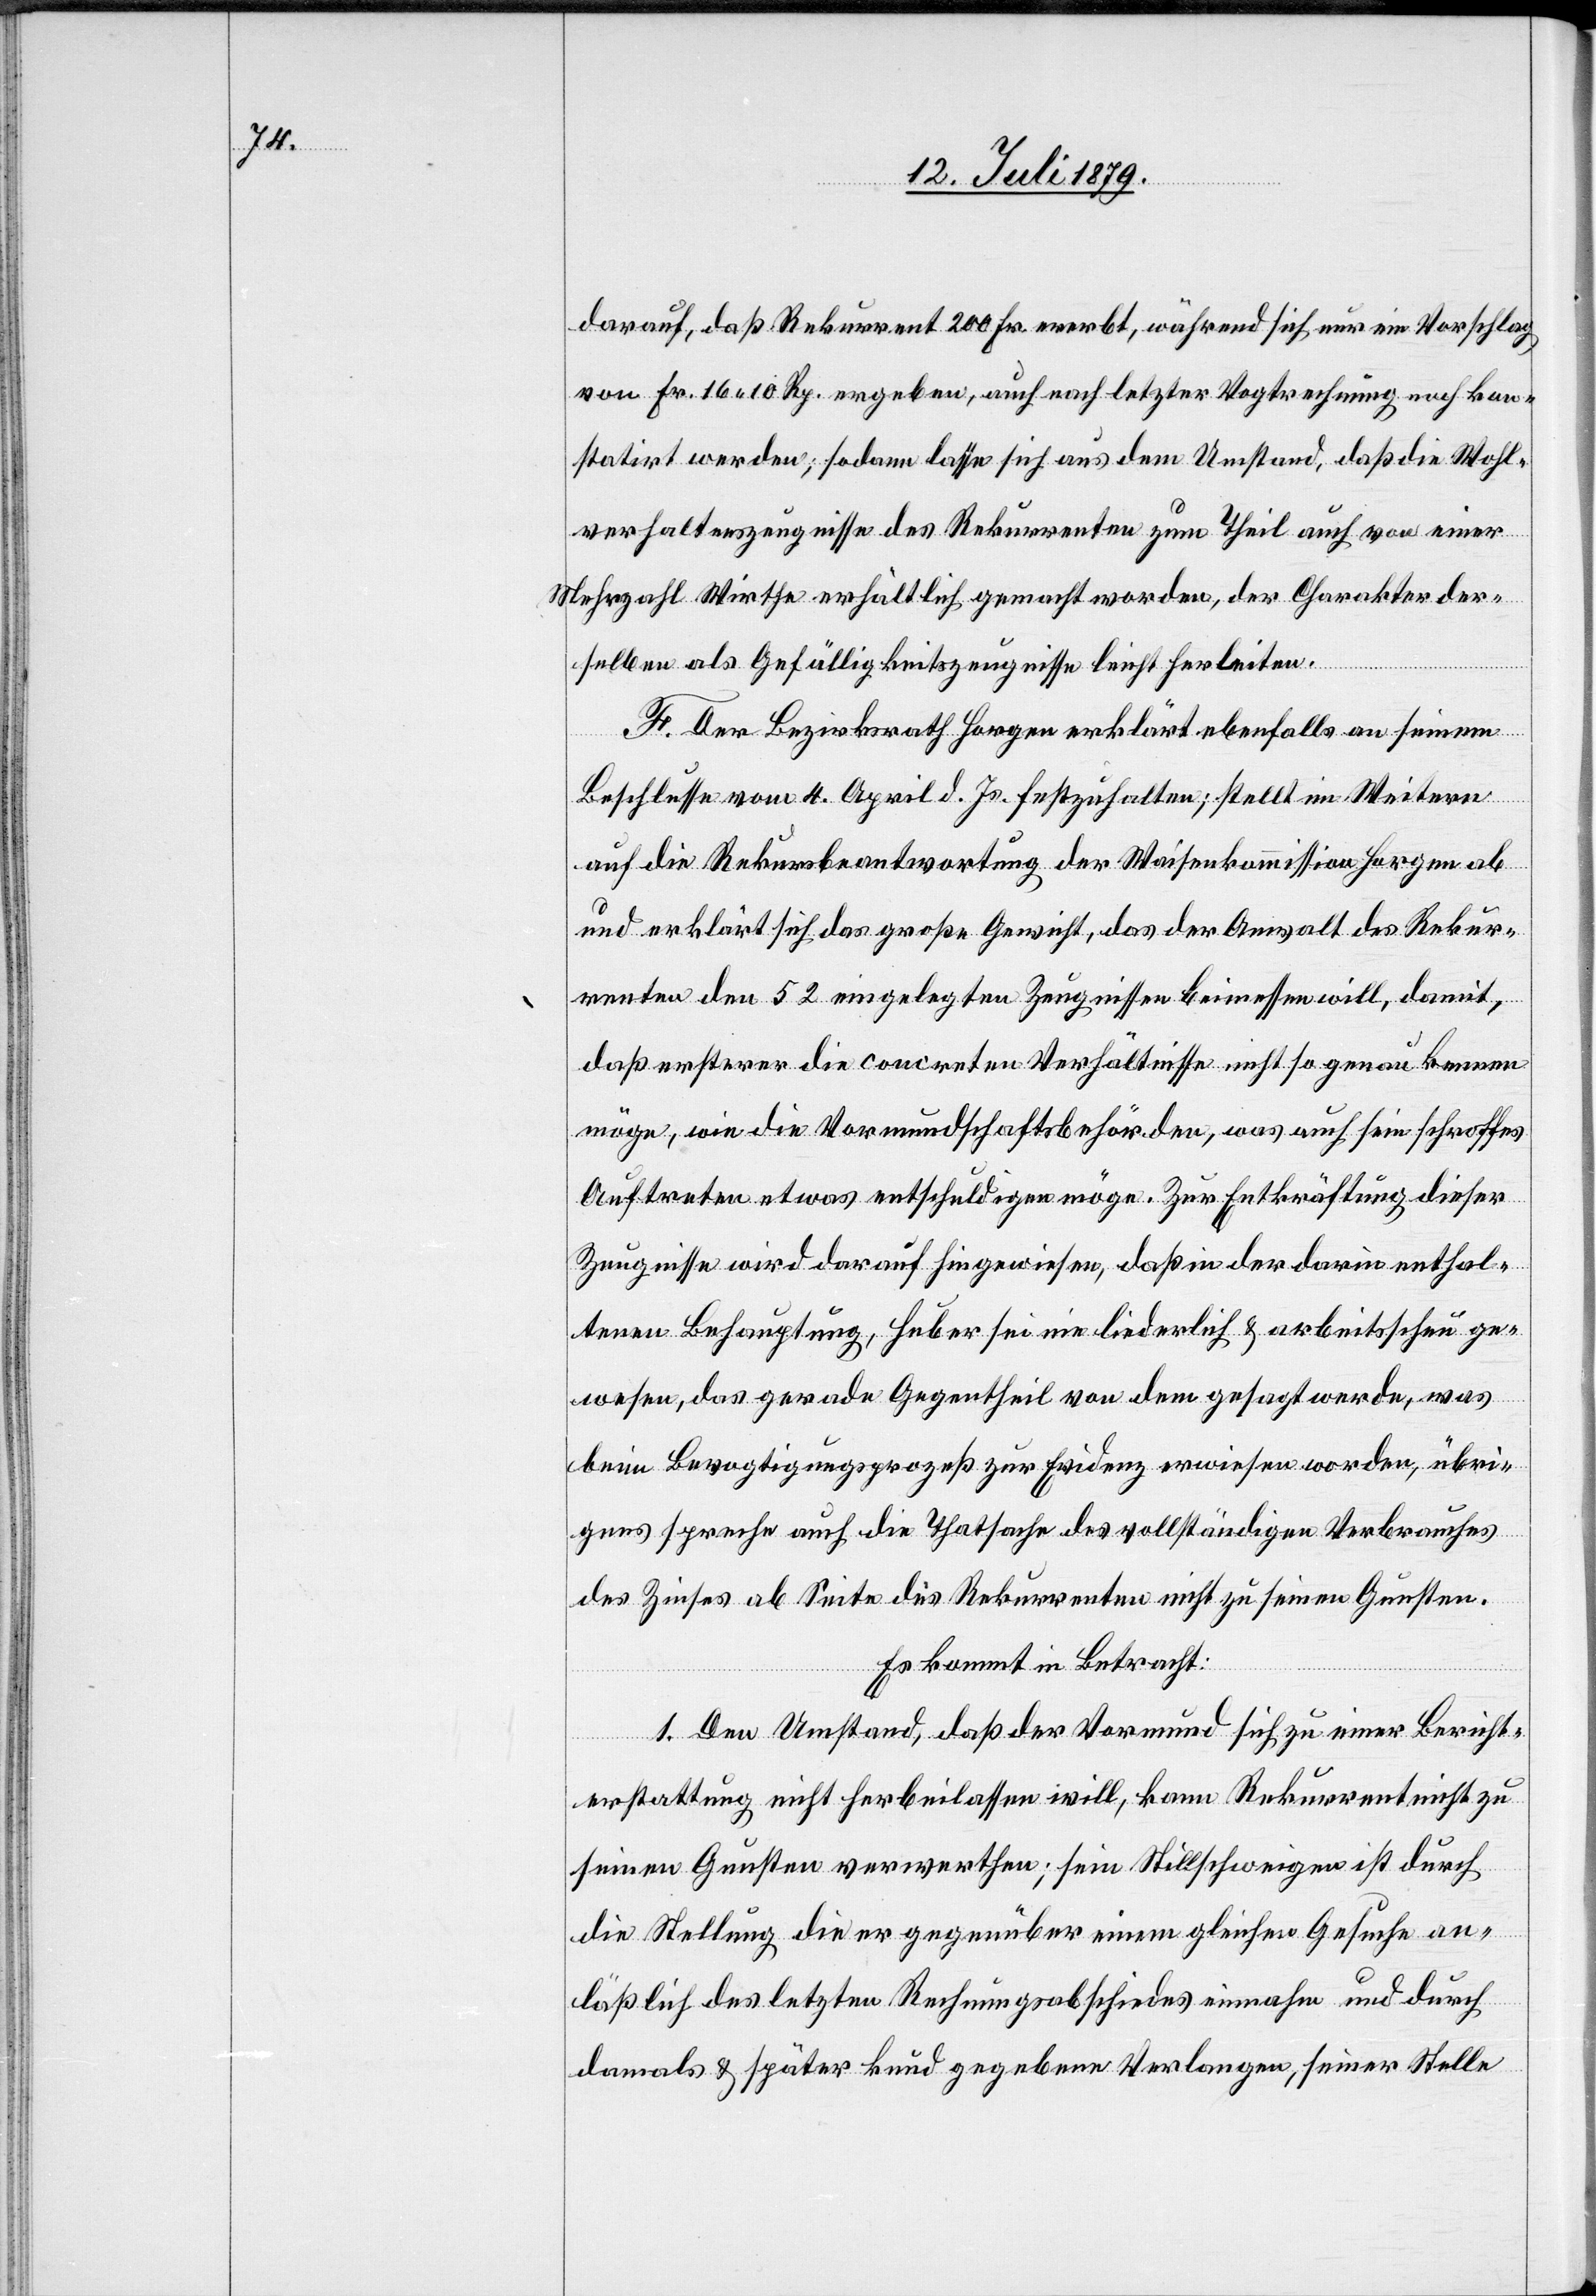
darauf, daß Rekurrent 200 Fr. ererbt, während sich nur ein Vorschlag
von Fr. 16 10 Rp. ergeben, auch nach letzter Vogtrechnung noch kon¬
statirt werden; sodann lasse sich aus dem Umstand, daß die Wohl¬
verhaltenszeugnisse des Rekurrenten zum Theil auch von einer
Mehrzahl Wirthe erhältlich gemacht worden, der Charakter der¬
selben als Gefälligkeitszeugnisse leicht herleiten.
F. Der Bezirksrath Horgen erklärt ebenfalls an seinem
Beschlusse vom 4. April d. Js. festzuhalten; stellt im Weitern
auf die Rekursbeantwortung der Waisenkommission Horgen ab
und erklärt sich das große Gewicht, das der Anwalt des Rekur¬
renten den 52 eingelegten Zeugnissen beimessen will, damit,
daß ersterer die concreten Verhältnisse nicht so genau kennen
möge, wie die Vormundschaftsbehörden, was auch sein schroffes
Auftreten etwas entschuldigen möge. Zur Entkräftung dieser
Zeugnisse wird darauf hingewiesen, daß in der darin enthal¬
tenen Behauptung, Huber sei nie liederlich & arbeitsscheu ge¬
wesen, das gerade Gegentheil von dem gesagt werde, was
beim Bevogtigungsprozeß zur Evidenz erwiesen worden, übri¬
gens spreche auch die Thatsache des vollständigen Verbrauches
des Zinses ab Seite des Rekurrenten nicht zu seinen Gunsten.
Es kommt in Betracht:
1. Den Umstand, daß der Vormund sich zu einer Bericht¬
erstattung nicht herbeilassen will, kann Rekurrent nicht zu
seinen Gunsten verwerthen; sein Stillschweigen ist durch
die Stellung die er gegenüber einem gleichen Gesuche an¬
läßlich des letzten Rechnungsabschiedes einnahm und durch
damals & später kund gegebene Verlangen, seiner Stelle